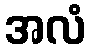
အလံ